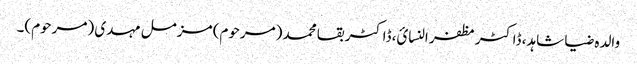
والدہ ضیا شاہد، ڈاکٹر مظفر النسائ، ڈاکٹر بقا محمد (مرحوم) مزمل مہدی (مرحوم)۔